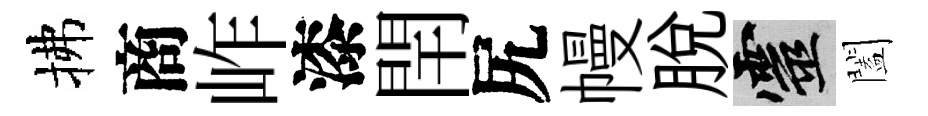
拂商岞漆閈尻幔脱靈闔